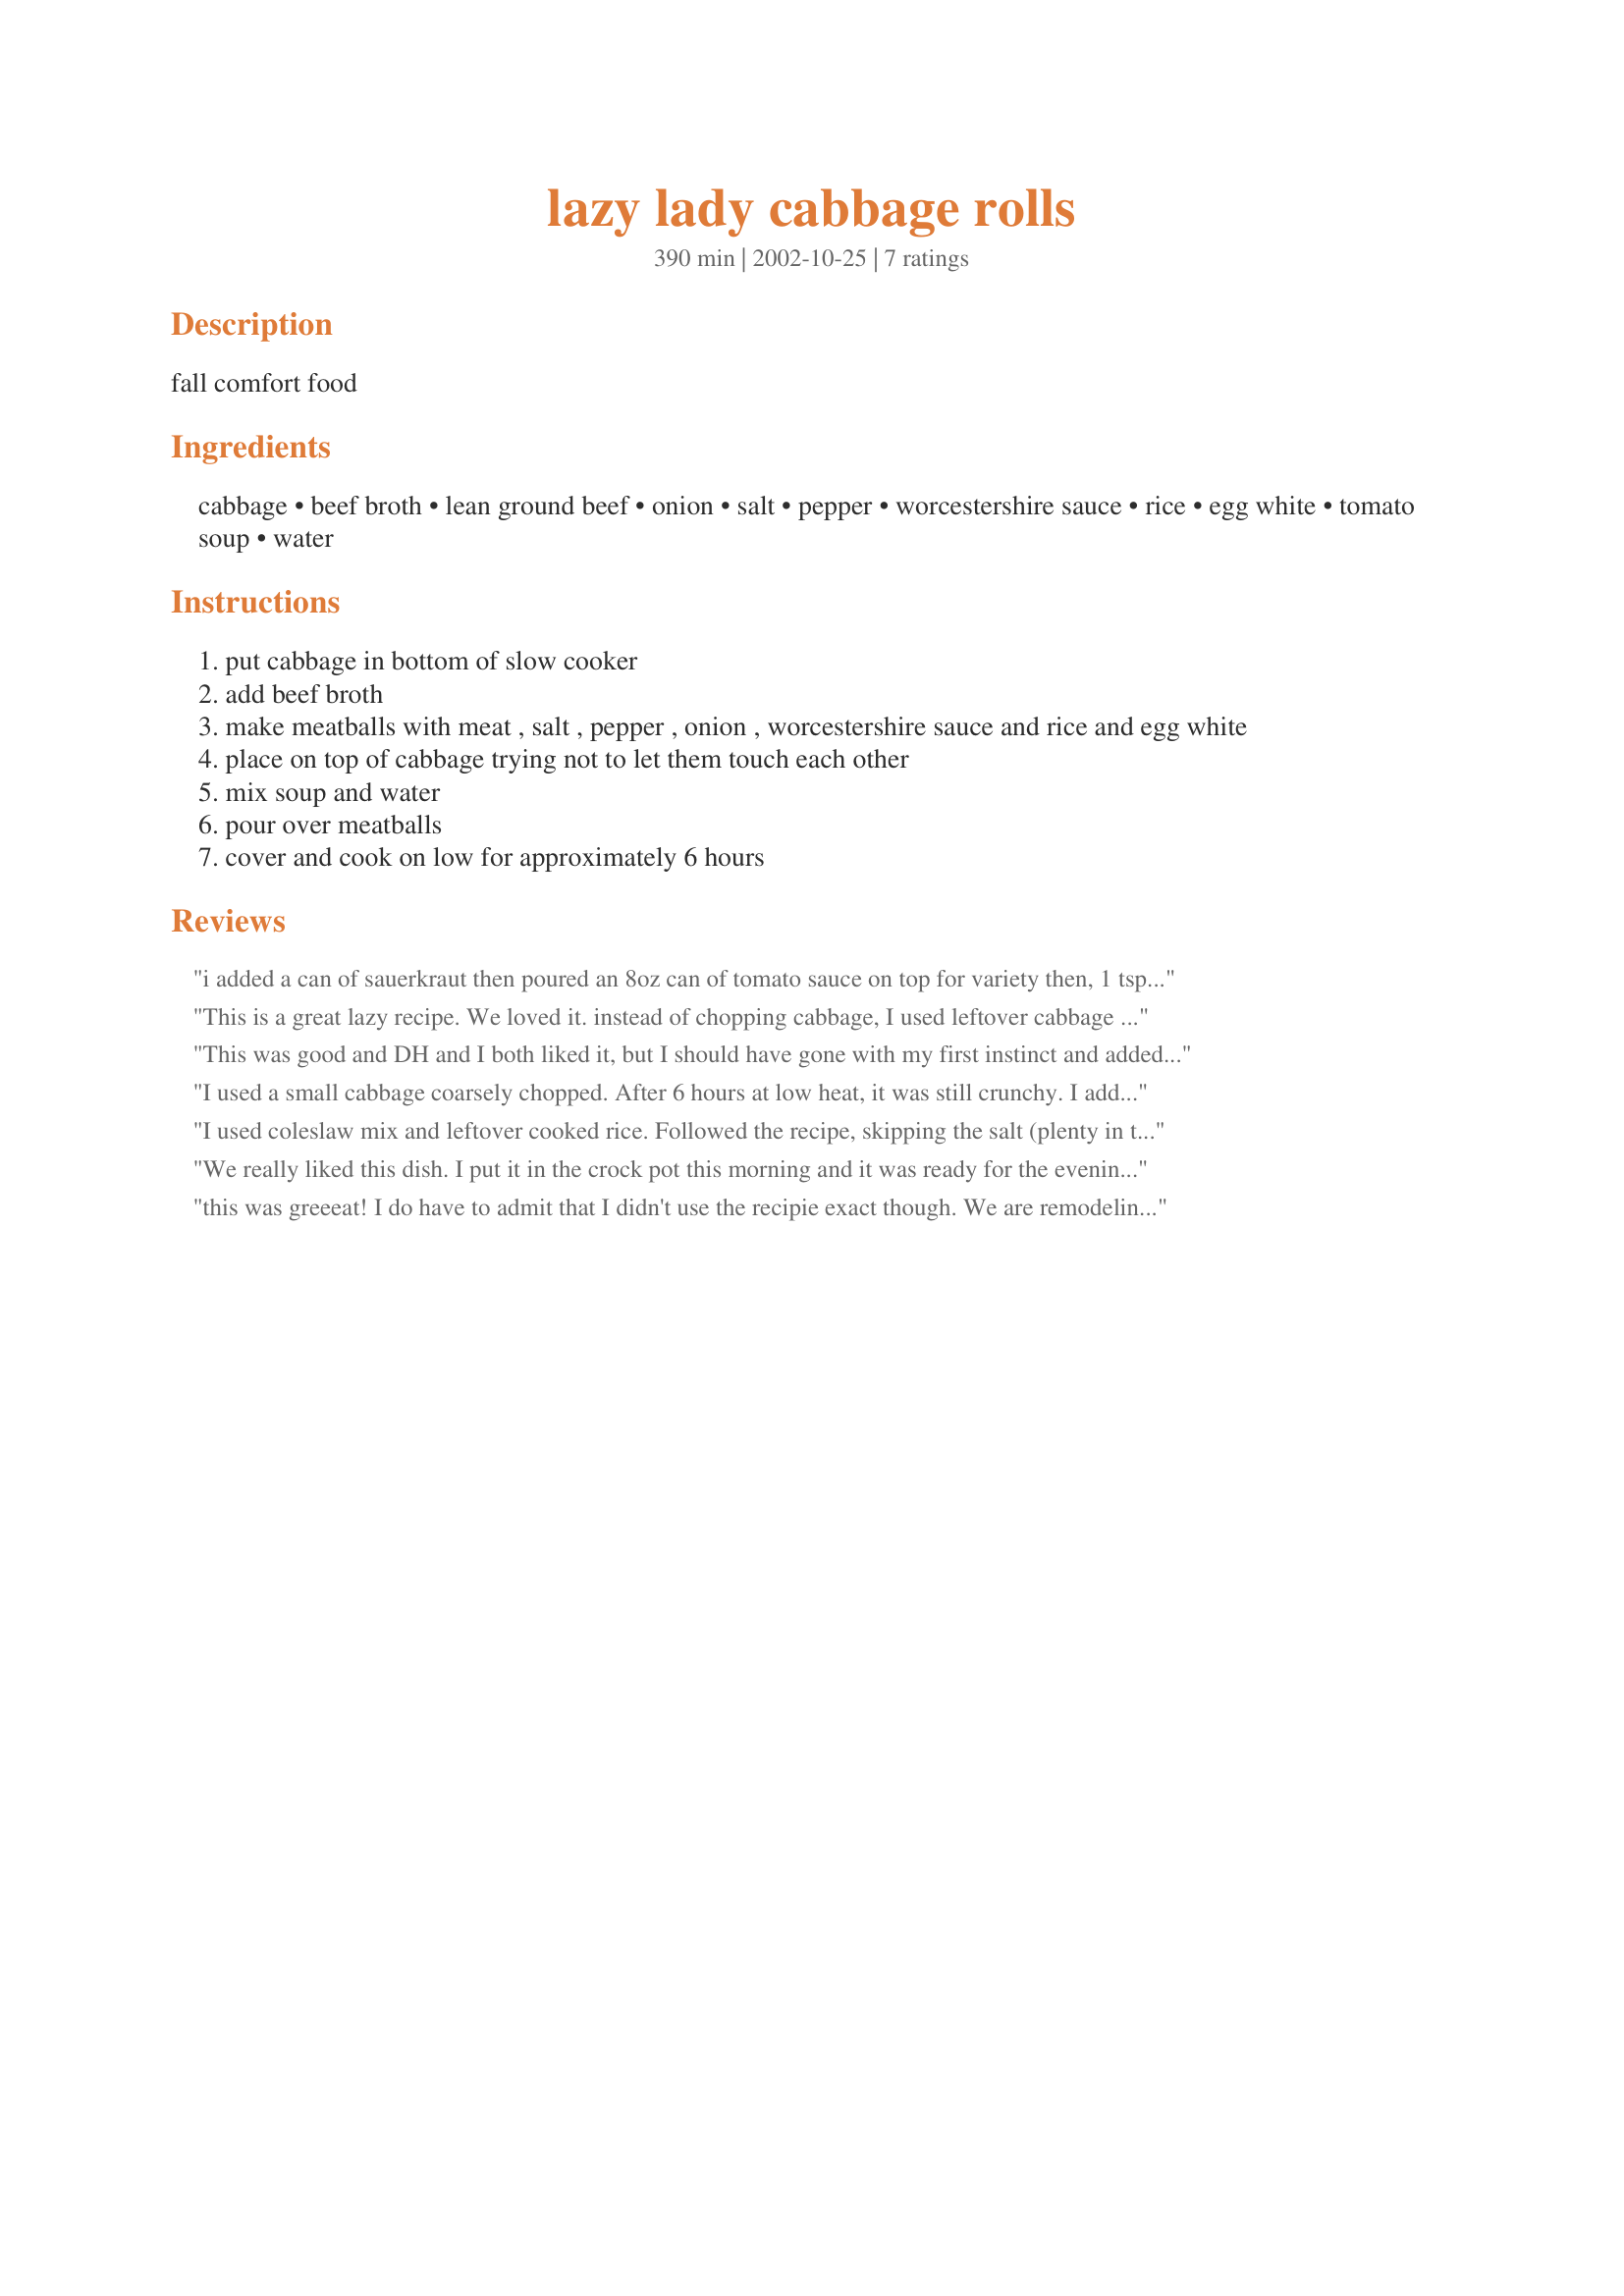
lazy lady cabbage rolls
Preparation time: 390 minutes

fall comfort food

Ingredients:
cabbage, beef broth, lean ground beef, onion, salt, pepper, worcestershire sauce, rice, egg white, tomato soup, water

Steps:
put cabbage in bottom of slow cooker
add beef broth
make meatballs with meat , salt , pepper , onion , worcestershire sauce and rice and egg white
place on top of cabbage trying not to let them touch each other
mix soup and water
pour over meatballs
cover and cook on low for approximately 6 hours

Reviews:
i added a can of sauerkraut then poured an 8oz can of tomato sauce on top for variety then, 1 tsp of tony chachere's creole seasoning and 2 tsp of tobasco to the tomato soup mixture (yes i like spice). the longer it sets the better it tastes! yummy.
This is a great lazy recipe. We loved it. instead of chopping cabbage, I used leftover cabbage slaw mix that came in a bag. It worked perfectly. I also didn't use the water. I use beef broth instead and I'm not sure I used a full cup b/c I was afraid the sauce would be too thin. It did tighten up toward the end of cooking. I'll be making this again. Thanks!
This was good and DH and I both liked it, but I should have gone with my first instinct and added some additional spice to the sauce mixture. Also my rice did not cook through, which is probably the fault of my 15 yr old crock pot, not the recipe. I'll use instant or precooked next time. Good overall base recipe that you can adjust to your liking. Great Job!
I used a small cabbage coarsely chopped. After 6 hours at low heat, it was still crunchy. I added 1 hour. I used instant white rice. I added oregano in the meatballs and in the sauce. Even with that, I find that the meatballs taste bland. Something is missing in the taste. Maybe more tomatoes. Thanks Sage for posting :) Made for the Zwizzle Chicks of ZWT
I used coleslaw mix and leftover cooked rice. Followed the recipe, skipping the salt (plenty in the can of tomato soup), and adding 1/2 teaspoon marjoram (Mom's secret ingredient). Came out as good as Mom's (Boy, I miss that lady!) Thanks for posting Sage. Made for I Recommend Tag.
We really liked this dish. I put it in the crock pot this morning and it was ready for the evening meal. Very easy prep. Plus I love cabbage rolls and this was so easy to prepare. The sauce was a little thin, but I served it with homemade wheat bread and it was great. I did use fresh cabbage and I precooked brown rice for my meatballs. Made for ZWT6
this was greeeat! I do have to admit that I didn't use the recipie exact though. We are remodeling, so I have limited ingredints to work with. I used ground venison, that was already seasoned and one whole egg. I also just used the last of the ketchup and rinsed out the bottle, and put the water in the pot too. This was simple and I think tasted better then the rolled version. Thanks for a great simple crockpot recipie that doesn't taste like the others.
